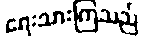
ရေးသားကြသည်